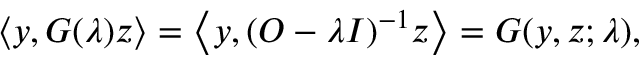
\langle y , G ( \lambda ) z \rangle = \left\langle y , ( O - \lambda I ) ^ { - 1 } z \right\rangle = G ( y , z ; \lambda ) ,